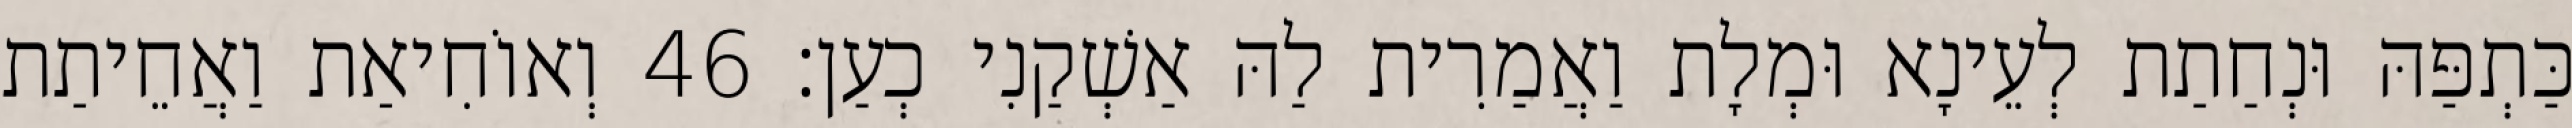
כַּתְפַּהּ וּנְחַתַת לְעֵינָא וּמְלָת וַאֲמַרִית לַהּ אַשְׁקַנִי כְעַן׃ 46 וְאוֹחִיאַת וַאֲחֵיתַת